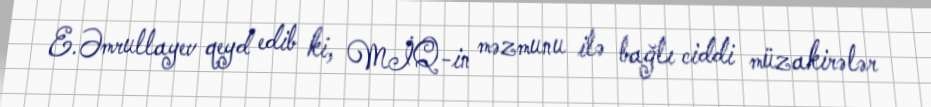
E.Əmrullayev qeyd edib ki, MİQ-in məzmunu ilə bağlı ciddi müzakirələr